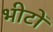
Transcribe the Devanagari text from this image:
भीटों